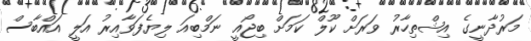
މަރުދާނީގެ އިޝްތިހާރު ވަރަށް ކޫލް ކަމަށް ބިޖޯއީ ނަމްބިއަ ލިޔެފަވާއިރު އަލީ އައްބާސް